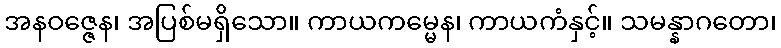
အနဝဇ္ဇေန၊ အပြစ်မရှိသော။ ကာယကမ္မေန၊ ကာယကံနှင့်။ သမန္နာဂတော၊